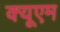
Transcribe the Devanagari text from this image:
क्यूएम